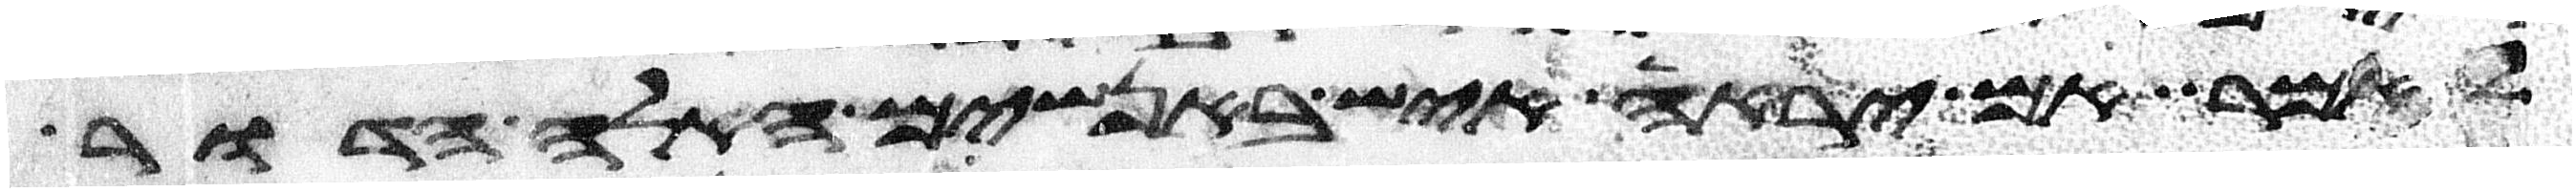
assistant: לאמר אם יראה איש באנשים האלה הדור